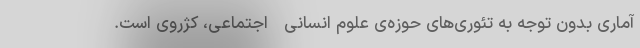
آماری بدون توجه به تئوری‌های حوزه‌ی علوم انسانی-اجتماعی، کژروی است.